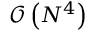
\mathcal { O } \left( N ^ { 4 } \right)